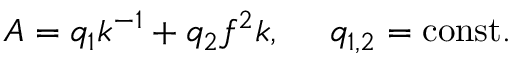
A = q _ { 1 } k ^ { - 1 } + q _ { 2 } f ^ { 2 } k , \ \ \ \ q _ { 1 , 2 } = \mathrm { c o n s t } .